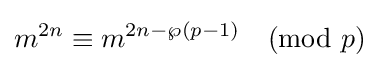
m^{2n}\equiv m^{2n-\wp (p-1)}{\pmod {p}}